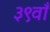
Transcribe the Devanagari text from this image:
३९वाँ